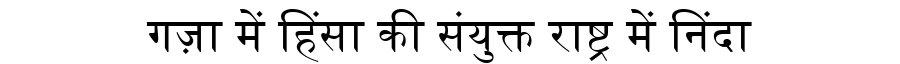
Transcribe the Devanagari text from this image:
गज़ा में हिंसा की संयुक्त राष्ट्र में निंदा